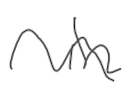
Text: in
Cross-out: wave
Writing tool: digital_gray